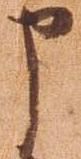
申